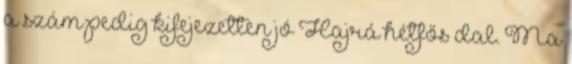
a szám pedig kifejezetten jó Hajrá hétfős dal. Ma